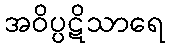
အဝိပ္ပဋိသာရေ